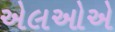
એલઓએ